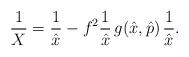
LaTeX: \begin{align*} \frac{1}{X}=\frac{1}{\hat x}-f^2 \frac{1}{\hat x}\,g(\hat x,\hat p)\, \frac{1}{\hat x}.\end{align*}